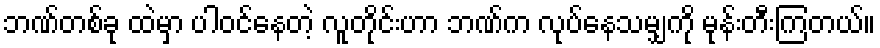
ဘဏ်တစ်ခု ထဲမှာ ပါဝင်နေတဲ့ လူတိုင်းဟာ ဘဏ်က လုပ်နေသမျှကို မုန်းတီးကြတယ်။